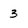
Character: 3